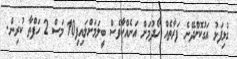
ގުޅިފަޅު އަގުކޮށްދޭނެ ފަރާތެއް ހޯދުމަށް އަނެއްކާވެސް ބީލަމަށްލައިފި10 މަސް 2 ހަފްތާ ކުރިން.